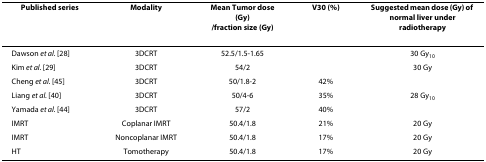
<table><thead><tr><td><b>Published series</b></td><td><b>Modality</b></td><td><b>Mean Tumor dose (Gy)/fraction size (Gy)</b></td><td><b>V30 (%)</b></td><td><b>Suggested mean dose (Gy) of normal liver under radiotherapy</b></td></tr></thead><tbody><tr><td>Dawson <i>et al. </i>[28]</td><td>3DCRT</td><td>52.5/1.5-1.65</td><td></td><td>30 Gy<sub>10</sub></td></tr><tr><td>Kim <i>et al. </i>[29]</td><td>3DCRT</td><td>54/2</td><td></td><td>30 Gy</td></tr><tr><td>Cheng <i>et al. </i>[45]</td><td>3DCRT</td><td>50/1.8-2</td><td>42%</td><td></td></tr><tr><td>Liang <i>et al. </i>[40]</td><td>3DCRT</td><td>50/4-6</td><td>35%</td><td>28 Gy<sub>10</sub></td></tr><tr><td>Yamada <i>et al. </i>[44]</td><td>3DCRT</td><td>57/2</td><td>40%</td><td></td></tr><tr><td>IMRT</td><td>Coplanar IMRT</td><td>50.4/1.8</td><td>21%</td><td>20 Gy</td></tr><tr><td>IMRT</td><td>Noncoplanar IMRT</td><td>50.4/1.8</td><td>17%</td><td>20 Gy</td></tr><tr><td>HT</td><td>Tomotherapy</td><td>50.4/1.8</td><td>17%</td><td>20 Gy</td></tr></tbody></table>